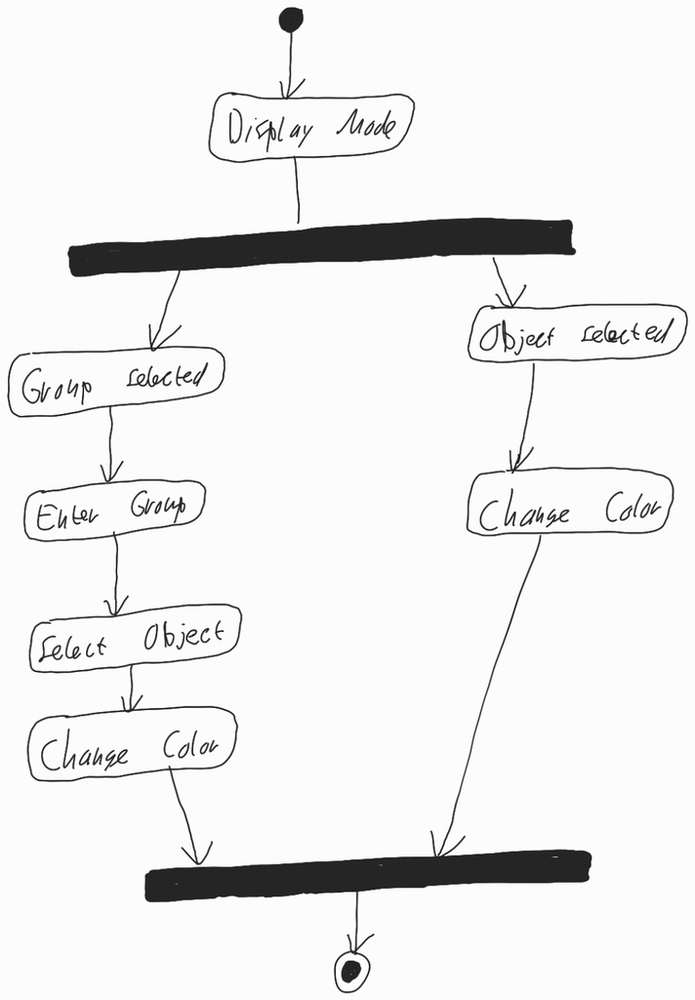
Diagram type: activity_diagram
```plantuml
@startuml

start

:Display Mode;

fork
  :Group selected;
  :Enter group;
  :Select Object;
  :Change Color;
fork again
  :Object selected;
  :Change Color;
end fork

stop

@enduml
```